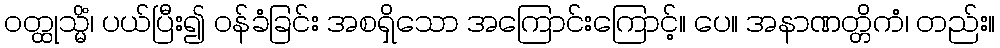
ဝတ္ထုသ္မိံ၊ ပယ်ပြီး၍ ဝန်ခံခြင်း အစရှိသော အကြောင်းကြောင့်။ ပေ။ အနာဏတ္တိကံ၊ တည်း။